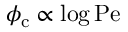
\phi _ { \mathrm { c } } \propto \log \mathrm { P e }